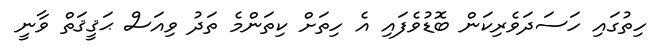
ހިތުގައި ހަސަދަވެރިކަން ބޮޑުވެފައި އެ ހިތަށް ކިތަންމެ ތަދު ވިއަސް ޙަޤީޤަތް ވާނީ